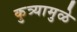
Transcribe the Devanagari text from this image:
कुत्र्यामुळे